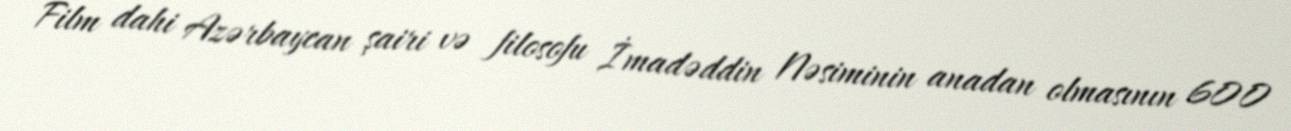
Film dahi Azərbaycan şairi və filosofu İmadəddin Nəsiminin anadan olmasının 600